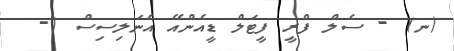
(ނ) - ސެލް ފްރީ ފީޓަލް ޑީއެންއޭ އެނަލިސިސް (-